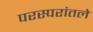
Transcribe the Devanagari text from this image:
परस्परांतले